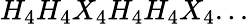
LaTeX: H_{4}H_{4}X_{4}H_{4}H_{4}X_{4}...